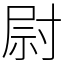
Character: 尉